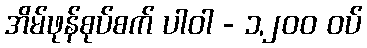
အိမ်ဖုန်စုပ်စက် ပါဝါ - ၁,၂၀၀ ဝပ်